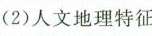
（3）人文地理特征